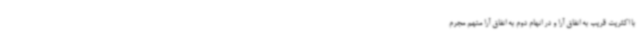
با اکثریت قریب به اتفاق آرا و در اتهام دوم به اتفاق آرا متهم مجرم